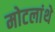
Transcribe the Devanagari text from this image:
मोटलांथे